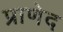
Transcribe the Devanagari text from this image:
प्राणेद